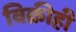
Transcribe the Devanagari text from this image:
विक्रीही